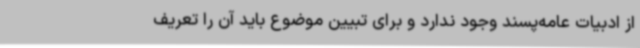
از ادبیات عامه‌پسند وجود ندارد و برای تبیین موضوع باید آن را تعریف